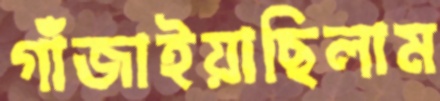
গাঁজাইয়াছিলাম